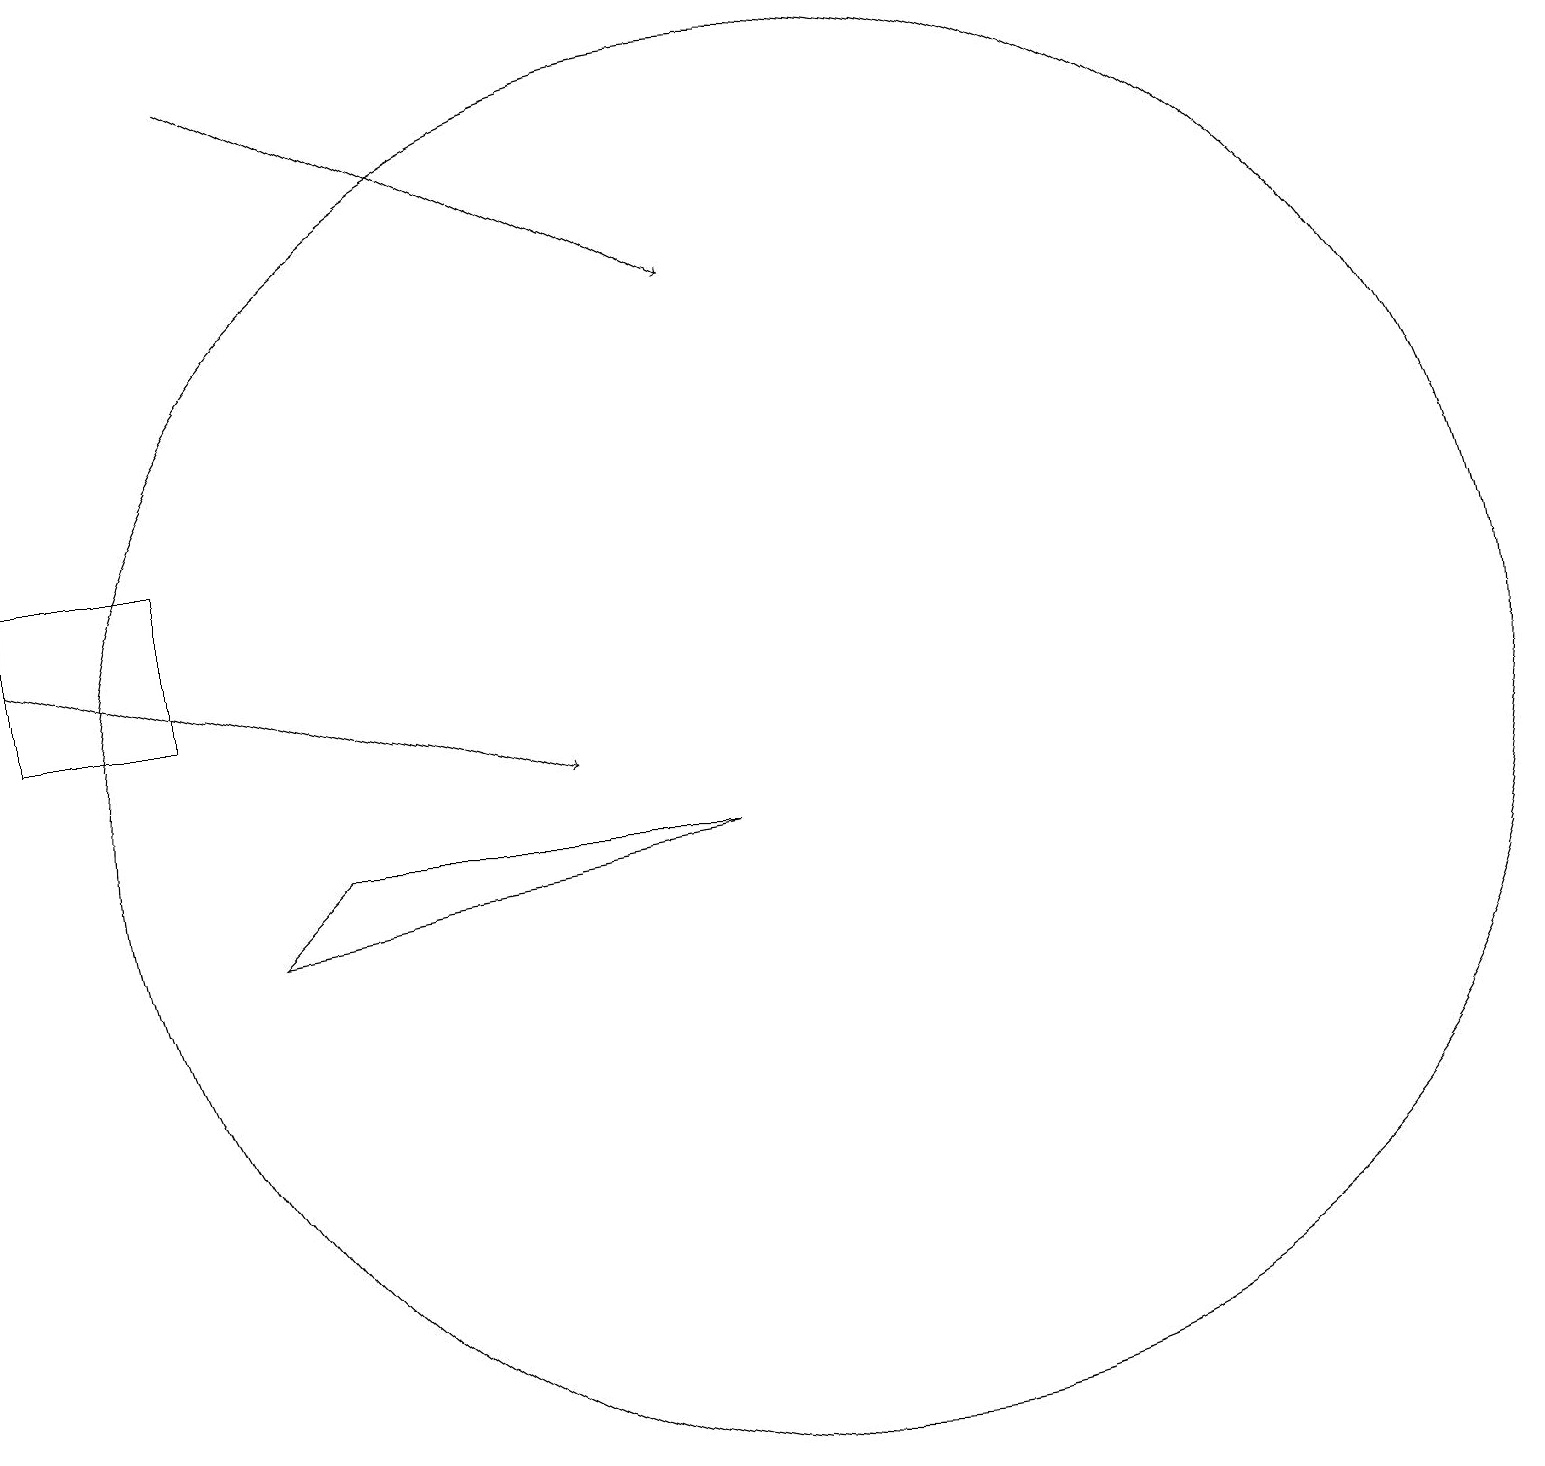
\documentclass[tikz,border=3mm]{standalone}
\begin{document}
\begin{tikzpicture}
\draw (4,9) -- (3,8) -- (9,9) -- cycle;
\draw[->] (0,12) -- (7,10);
\draw (2,11) rectangle (0,13);
\draw[->] (3,19) -- (9,16);
\draw (10,10) circle (9);
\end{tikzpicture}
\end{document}